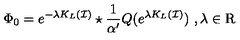
\Phi _ { 0 } = e ^ { - \lambda K _ { L } ( \mathcal { I } ) } \star \frac { 1 } { \alpha ^ { \prime } } Q ( e ^ { \lambda K _ { L } ( \mathcal { I } ) } ) \ , \lambda \in \mathrm { R }